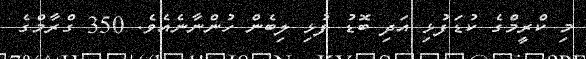
މި ކްރީމްގެ ކުޑަފުޅި އަދި ބޮޑު ފުޅި ލިބެން ހުންނާނެއެވެ. 350 ގްރާމްގެ